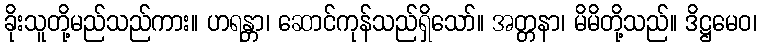
ခိုးသူတို့မည်သည်ကား။ ဟရန္တာ၊ ဆောင်ကုန်သည်ရှိသော်။ အတ္တနာ၊ မိမိတို့သည်။ ဒိဋ္ဌမေဝ၊